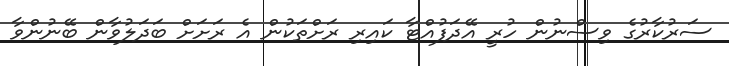
ސަރުކާރުގެ ވިސްނުން ހުރީ އޭދަފުއްޓާ ކައިރި ރަށްތަކުން އެ ރަށަށް ބަދަލުވާން ބޭނުންވާ